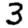
Digit: 3